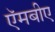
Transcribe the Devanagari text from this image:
ऍमबीए